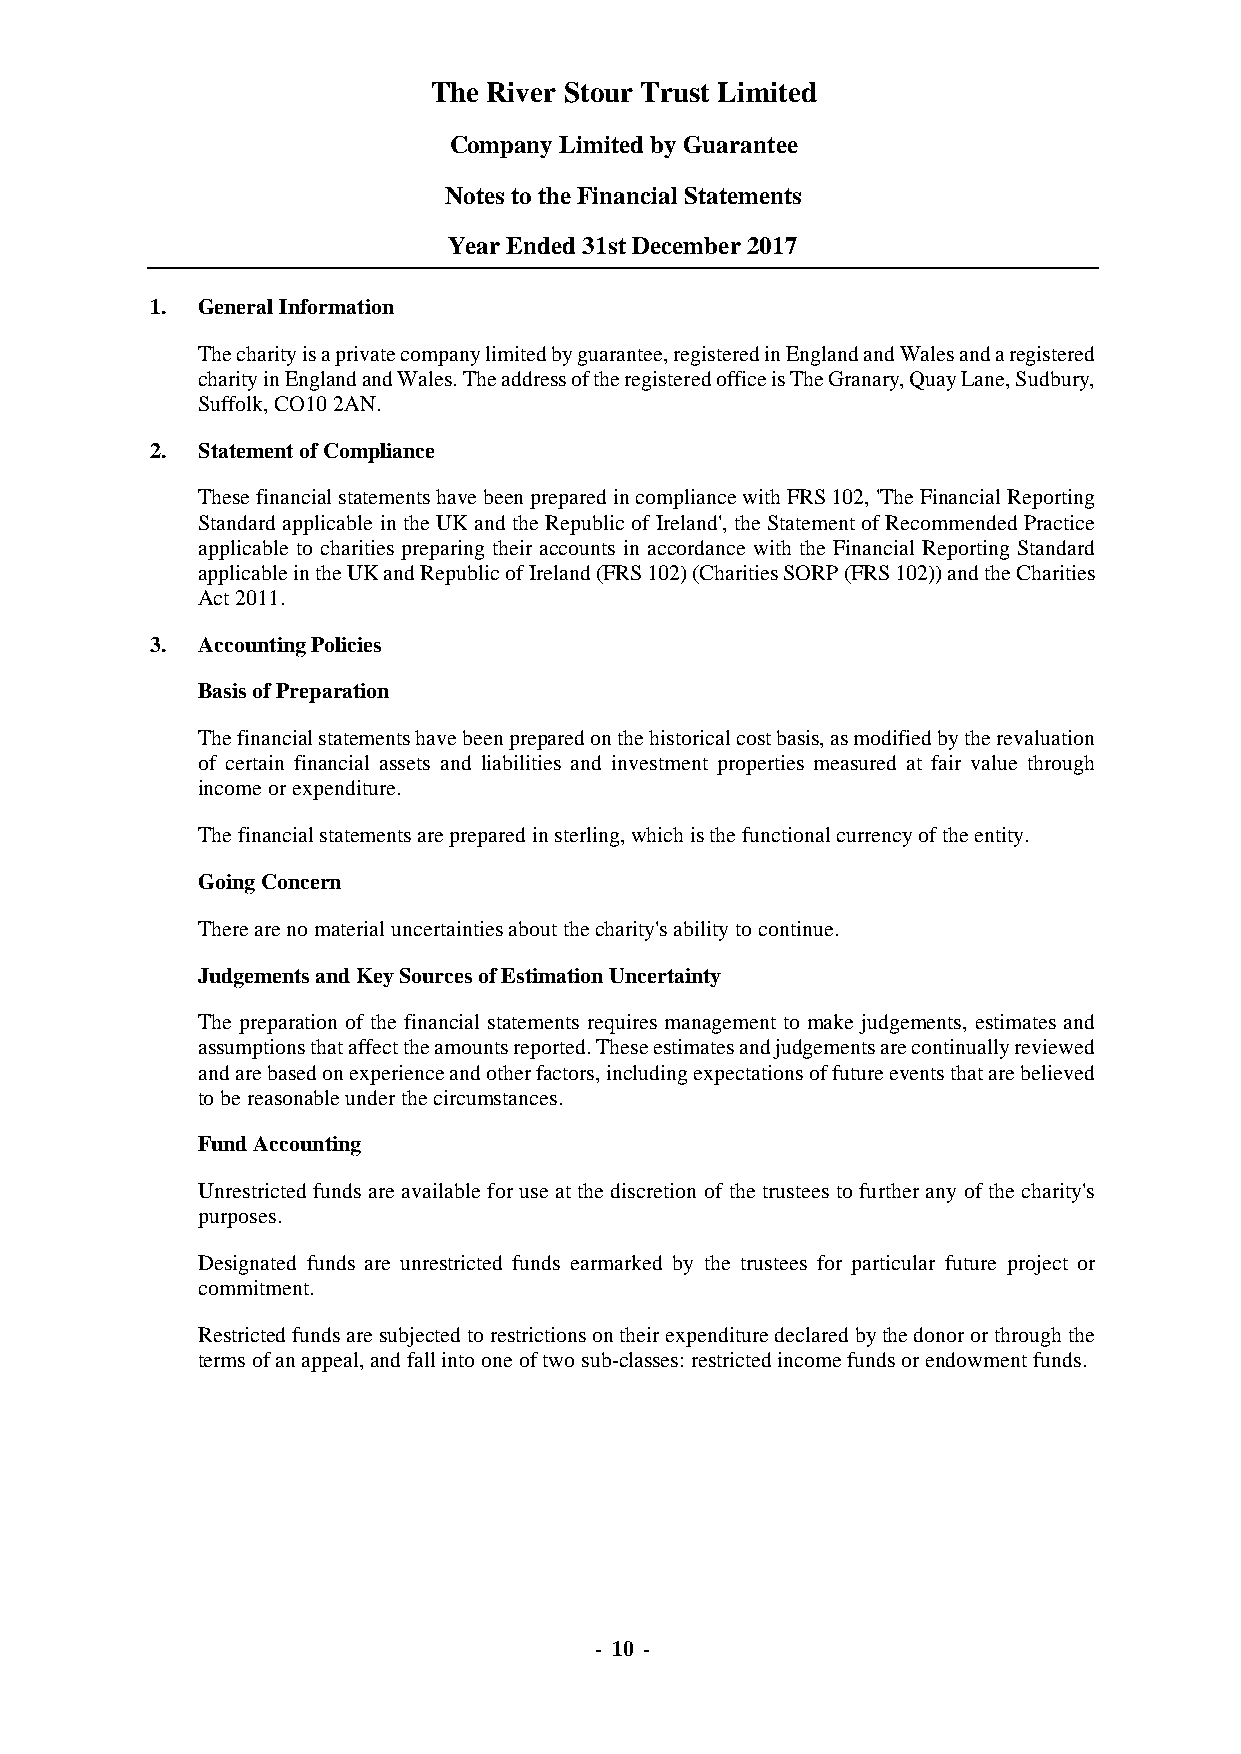
The River Stour Trust Limited
 Company Limited by Guarantee
 Notes to the Financial Statements
 Year Ended 31st December 2017
 1. General Information
 The charity is a private company limited by guarantee, registered in England and Wales and a registered
 charity in England and Wales. The address of the registered office is The Granary, Quay Lane, Sudbury,
 Suffolk, CO10 2AN.
 2. Statement of Compliance
 These financial statements have been prepared in compliance with FRS 102, 'The Financial Reporting
 Standard applicable in the UK and the Republic of Ireland', the Statement of Recommended Practice
 applicable to charities preparing their accounts in accordance with the Financial Reporting Standard
 applicable in the UK and Republic of Ireland (FRS 102) (Charities SORP (FRS 102)) and the Charities
 Act 2011.
 3. Accounting Policies
 Basis of Preparation
 The financial statements have been prepared on the historical cost basis, as modified by the revaluation
 of certain financial assets and liabilities and investment properties measured at fair value through
 income or expenditure.
 The financial statements are prepared in sterling, which is the functional currency of the entity.
 Going Concern
 There are no material uncertainties about the charity's ability to continue.
 Judgements and Key Sources of Estimation Uncertainty
 The preparation of the financial statements requires management to make judgements, estimates and
 assumptions that affect the amounts reported. These estimates and judgements are continually reviewed
 and are based on experience and other factors, including expectations of future events that are believed
 to be reasonable under the circumstances.
 Fund Accounting
 Unrestricted funds are available for use at the discretion of the trustees to further any of the charity's
 purposes.
 Designated funds are unrestricted funds earmarked by the trustees for particular future project or
 commitment.
 Restricted funds are subjected to restrictions on their expenditure declared by the donor or through the
 terms of an appeal, and fall into one of two sub-classes: restricted income funds or endowment funds.
 - 10 -